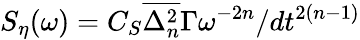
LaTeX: S_{\eta}(\omega)=C_{S}\overline{{\Delta_{n}^{2}}}\Gamma\omega^{-2n}/dt^{2(n-1)}